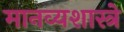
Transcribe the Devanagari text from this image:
मानव्यशास्त्रे